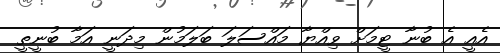
އެއީ އެ ބުނާ ޓީމަށް ވިއްޔާ މައްސަލަ ބަލަމުން މިދަނީ އަމާ ބުނީތީ